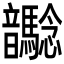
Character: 𩑉